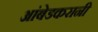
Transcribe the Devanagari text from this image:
आंबेडकरानी